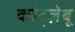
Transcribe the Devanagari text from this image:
कोट्ज़ेबू